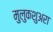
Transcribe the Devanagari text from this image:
मुलुकशुअरा